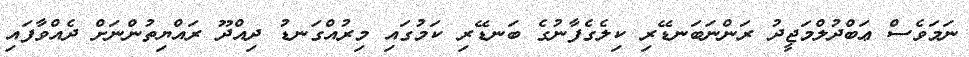
ނަމަވެސް ޢަބްދުލްމަޖީދު ރަންނަބަނޑޭރި ކިލެގެފާނުގެ ބަނޑޭރި ކަމުގައި މިރުއްގަނޑު ދިއްދޫ ރައްޔިތުންނަށް ދެއްވާފައި